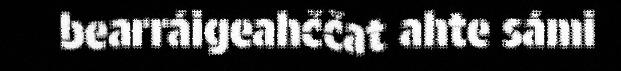
bearráigeahččat ahte sámi